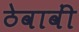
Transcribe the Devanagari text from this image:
ठेवावीं